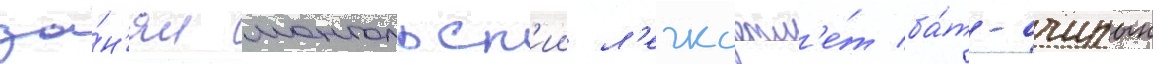
за́н'ял монгольск'ии л'егкоатл'е́т ба́т-очирын